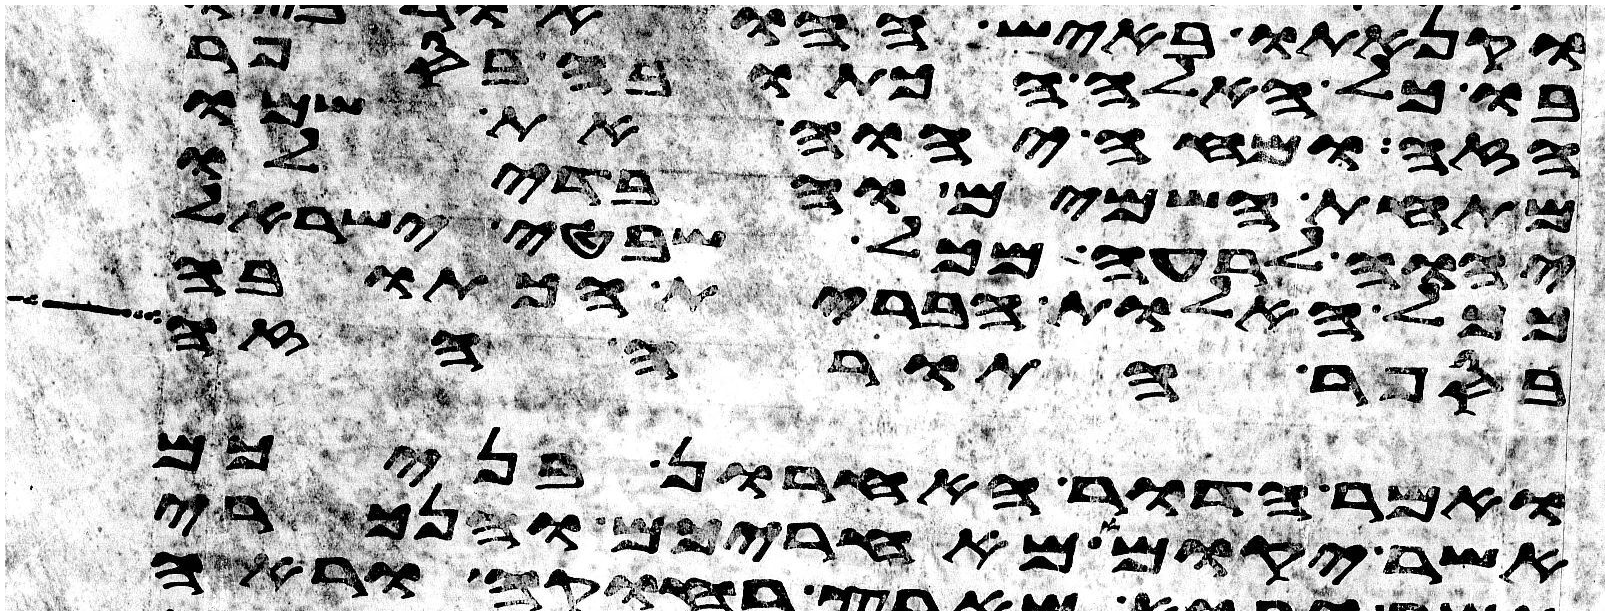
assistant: בו כל האלה הכתובה בספר
הזה ומחה יהוה את שמו
מתחת השמים והבדילו
יהוה לרעה מכל שבטי ישראל
ככל האלות הברית הכתובה
בספר התורה הזה
ואמר הדור האחרון בניכם
אשר יקומו מאחריכם והנכרי